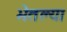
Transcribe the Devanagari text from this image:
भेतल्या